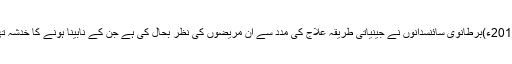
2016ء)برطانوی سائنسدانوں نے جینیاتی طریقہ علاج کی مدد سے ان مریضوں کی نظر بحال کی ہے جن کے نابینا ہونے کا خدشہ تھا۔